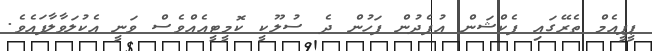
ޕީޕީއެމް ތެރޭގައި ފެކްޝަން އުފެދުން ފަހުން ދެ ސުލޫކީ ކޮމީޓީއެއްވެސް ވަނީ އެކުލަވާލާފައެވެ.